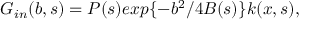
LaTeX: G _ { i n } ( b , s ) = P ( s ) e x p \{ - b ^ { 2 } / 4 B ( s ) \} k ( x , s ) ,